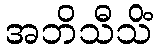
အဘိသီသိံ